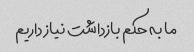
ما به حکم بازداشت نیاز داریم